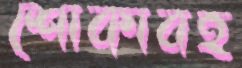
শোকাবহ